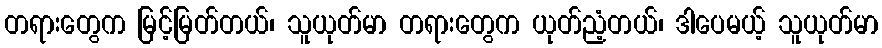
တရားတွေက မြင့်မြတ်တယ်၊ သူယုတ်မာ တရားတွေက ယုတ်ညံ့တယ်၊ ဒါပေမယ့် သူယုတ်မာ